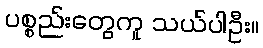
ပစ္စည်းတွေကူ သယ်ပါဦး။